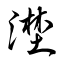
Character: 漜